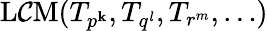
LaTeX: \operatorname{L\mathcal{C}M}(T_{p^{\mathbf{k}}},T_{q^{l}},T_{r^{m}},\ldots)